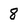
Character: 8